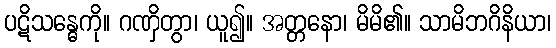
ပဋိသန္ဓေကို။ ဂဏှိတွာ၊ ယူ၍။ အတ္တနော၊ မိမိ၏။ သာမိဘဂိနိယာ၊